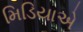
મિડિયાએ